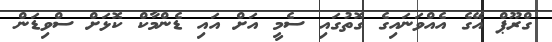
ގްރޫޕް އޭގެ އެއްވަނައިގެ ގޮތުގައި ސެމީ އަށް އައި ޑެންމާކް ކޮޅަށް ސްވިޑަން